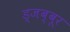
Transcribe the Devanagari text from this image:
ड्जब्बूर